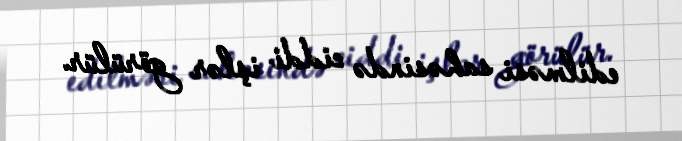
edilməsi sahəsində ciddi işlər görülür.